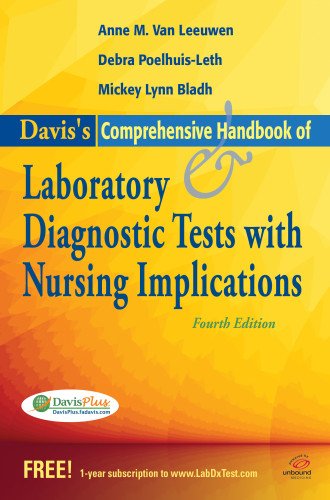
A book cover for Davis's Comprehensive Handbook of Laboratory and Diagnostic Tests With Nursing Implications (Davis's Comprehensive Handbook of Laboratory & Diagnostic Tests W/ Nursing Implications); Anne M. Van Leeuwen; Medical Books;